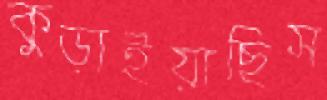
কুড়াইয়াছিস